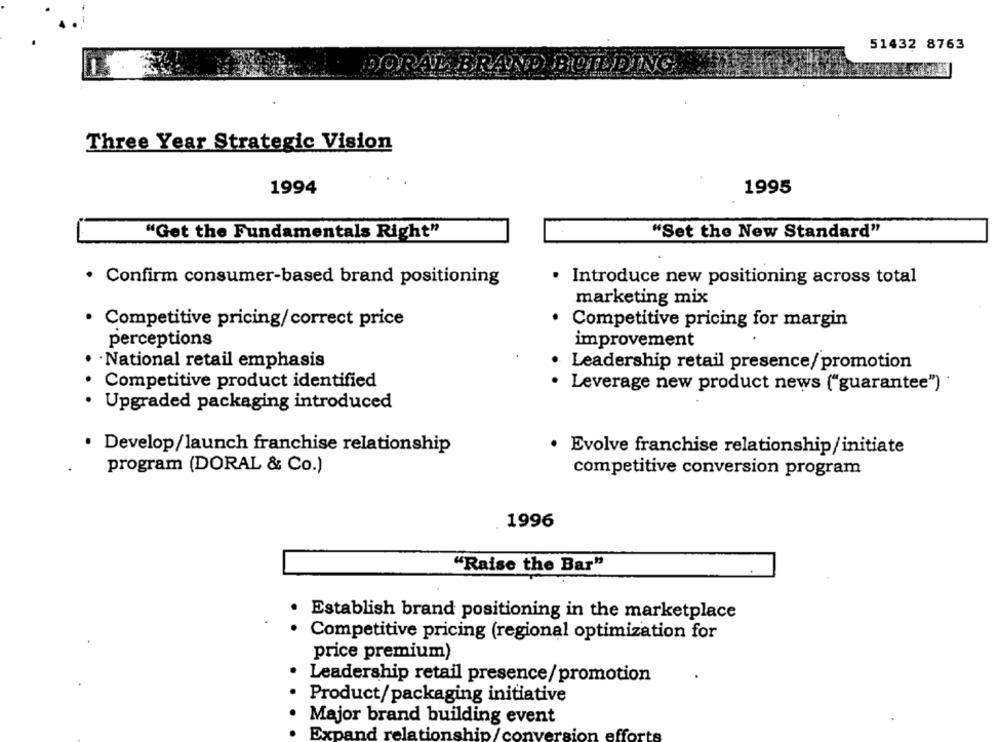
51432 8763
BRAND BUILDING
Three Year Strategic Vision
1994
1995
"Get the Fundamentals Right"
"Set the New Standard"
· Confirm consumer-based brand positioning
· Introduce new positioning across total
marketing mix
· Competitive pricing/correct price
· Competitive pricing for margin
perceptions
improvement
· National retail emphasis
Leadership retail presence/promotion
Competitive product identified
Leverage new product news ("guarantee")
Upgraded packaging introduced
Develop/launch franchise relationship
· Evolve franchise relationship/initiate
program (DORAL & Co.)
competitive conversion program
1996
"Raise the Bar"
Establish brand positioning in the marketplace
Competitive pricing (regional optimization for
price premium)
Leadership retail presence/promotion
Product/packaging initiative
Major brand building event
raic
Expand relationship/co
effo